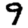
Digit: 9